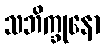
သဘိက္ခုနော